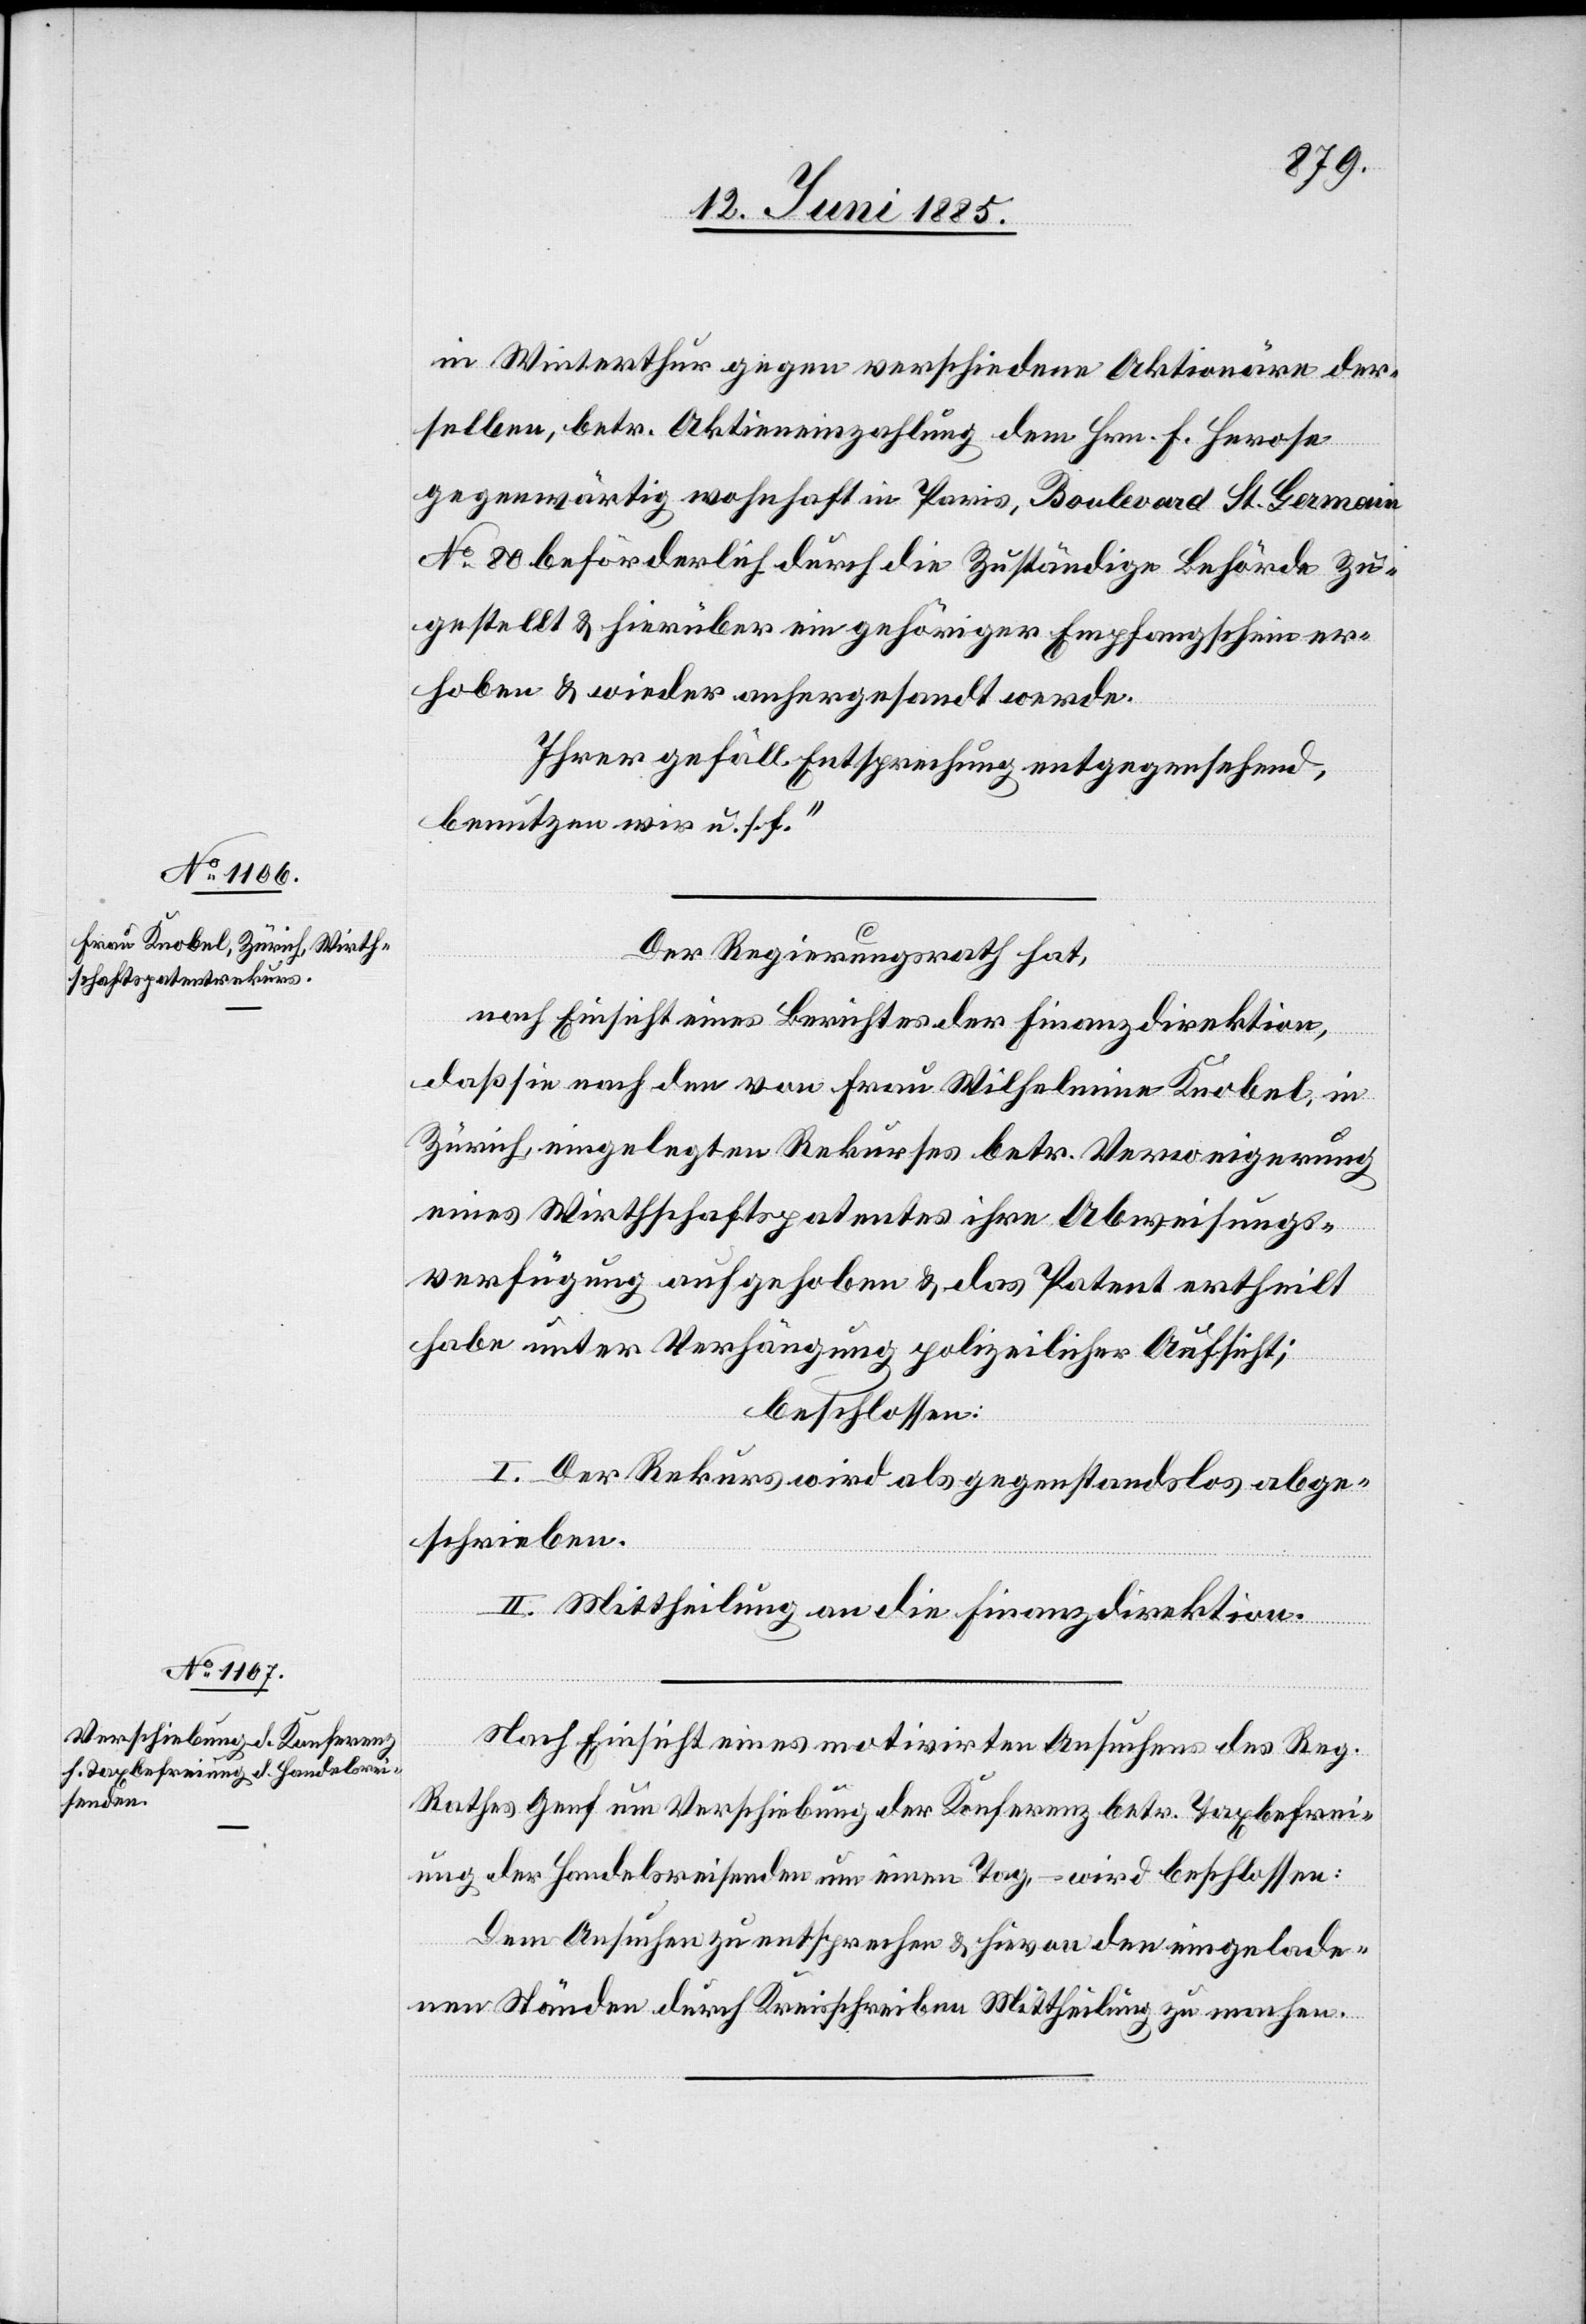
in Winterthur gegen verschiedene Aktionäre der¬
selben, betr. Aktieneinzahlung dem Hrn. F. Herose
gegenwärtig wohnhaft in Paris, Boulevard St. Germain
No 80 beförderlich durch die zuständige Behörde zu¬
gestellt & hierüber ein gehöriger Empfangsschein er¬
hoben & wieder anhergesandt werde.
Ihrer gefäll. Entsprechung entgegensehend,
benutzen wir u. s. f.“
Der Regierungsrath hat,
nach Einsicht eines Berichtes der Finanzdirektion,
daß sie nach den von Frau Wilhelmina Knobel, in
Zürich, eingelegten Rekurses betr. Verweigerung
eines Wirthschaftspatentes ihre Abweisungs¬
verfügung aufgehoben & das Patent ertheilt
habe unter Verhängung polizeilicher Aufsicht;
beschlossen:
I. Der Rekurs wird als gegenstandslos abge¬
schrieben.
II. Mittheilung an die Finanzdirektion.
Nach Einsicht eines motivirten Ansuchens des Reg.
Rathes Genf um Verschiebung der Konferenz betr. Taxbefrei¬
ung der Handelsreisenden um einen Tag, – wird beschlossen:
Dem Ansuchen zu entsprechen & hievon an den eingelade¬
nen Ständen durch Kreisschreiben Mittheilung zu machen.